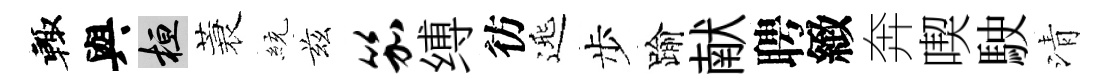
輙與桓蓑統兹笳缚彷𨓱步踰献聘緻奔喫駛清